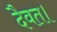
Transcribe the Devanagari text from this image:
दैवत।